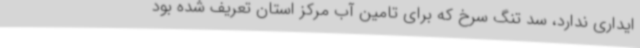
ایداری ندارد، سد تنگ سرخ که برای تامین آب مرکز استان تعریف شده بود